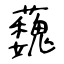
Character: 蘶